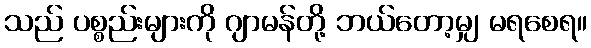
သည် ပစ္စည်းများကို ဂျာမန်တို့ ဘယ်တော့မျှ မရစေရ။